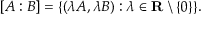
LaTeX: [ A : B ] = \{ ( \lambda A , \lambda B ) : \lambda \in \mathbf { R } \setminus \{ 0 \} \} .